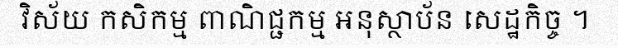
វិស័យ កសិកម្ម ពាណិជ្ជកម្ម អនុស្ថាប័ន សេដ្ឋកិច្ច ។